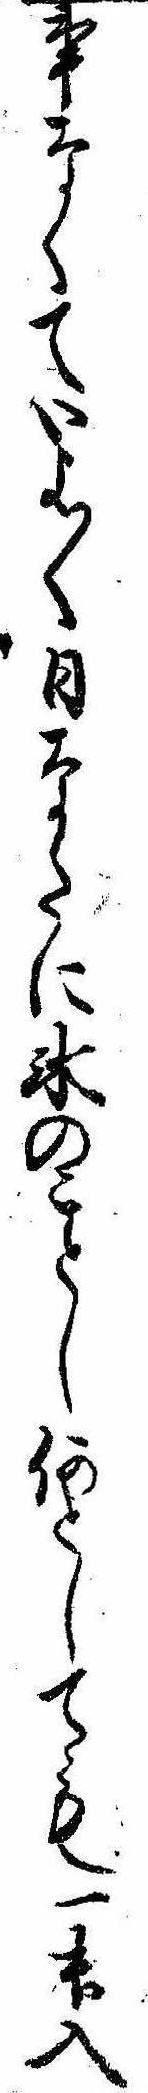
事なくていよ〱日なたに氷のことし何としても一舛入